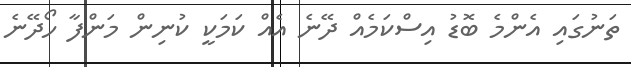
ތަނުގައި އެންމެ ބޮޑު އިސްކަމެއް ދޭނެ އެއް ކަމަކީ ކުނިން މަންފާ ހޯދޭނެ